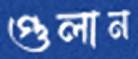
গুলান